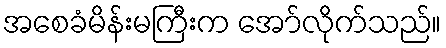
အစေခံမိန်းမကြီးက အော်လိုက်သည်။